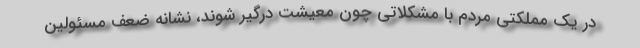
در یک مملکتی مردم با مشکلاتی چون معیشت درگیر شوند، نشانه‌ ضعف مسئولین